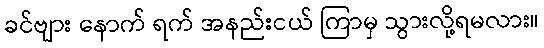
ခင်ဗျား နောက် ရက် အနည်းငယ် ကြာမှ သွားလို့ရမလား။